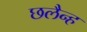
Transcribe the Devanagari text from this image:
छलैन्ह